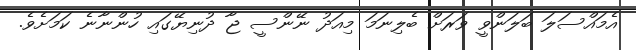
އެމައްސަލަ ބަލަންވީ ވަރަށް ބެލިނަމަ މިއަދު ނޭންސީ ޖާ ދުނިޔޭގައި ހުންނާނެ ކަމަށެވެ.